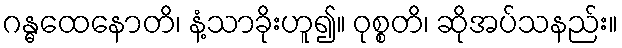
ဂန္ဓထေနောတိ၊ နံ့သာခိုးဟူ၍။ ဝုစ္စတိ၊ ဆိုအပ်သနည်း။